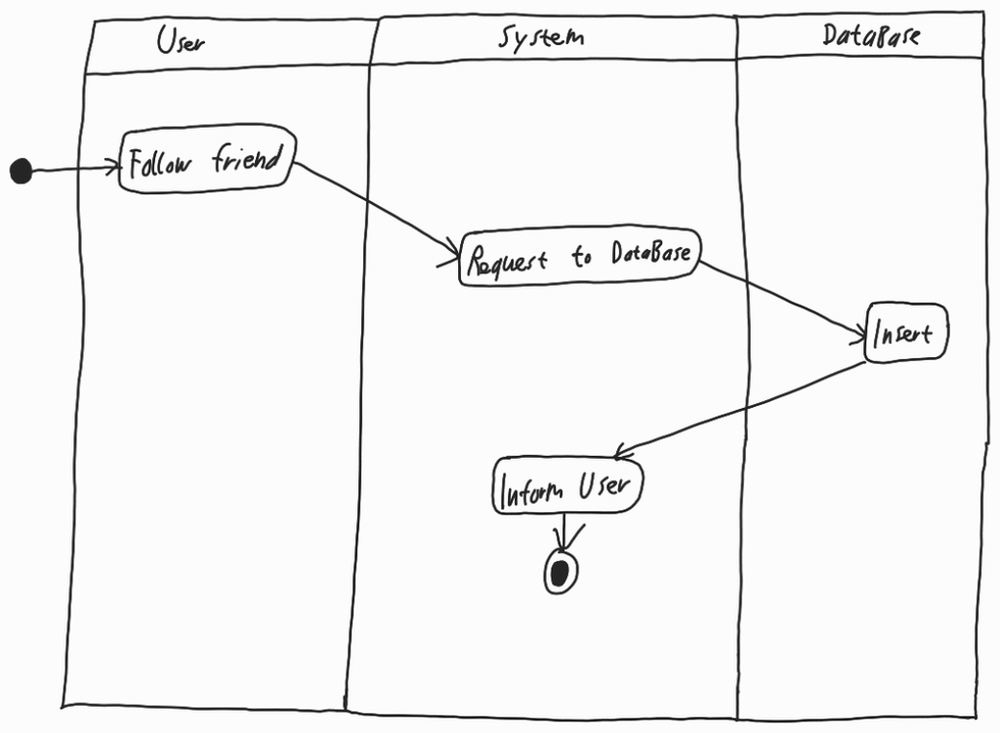
Diagram type: activity_diagram
```plantuml
@startuml

|User|

start

:Follow friend;

|System|

:Request to DataBase;

|DataBase|

:Insert;

|System|

:Inform User;

stop

@enduml
```